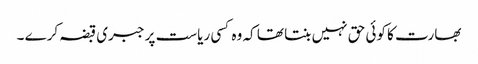
بھارت کا کوئی حق نہیں بنتا تھا کہ وہ کسی ریاست پر جبری قبضہ کرے ۔